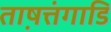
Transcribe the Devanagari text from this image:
ताष़त्तंगाडि